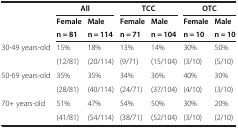
<table><thead><tr><td><b> </b></td><td colspan="2"><b>All</b></td><td colspan="2"><b>TCC</b></td><td colspan="2"><b>OTC</b></td></tr><tr><td rowspan="2"><b> </b></td><td><b>Female</b></td><td><b>Male</b></td><td><b>Female</b></td><td><b>Male</b></td><td><b>Female</b></td><td><b>Male</b></td></tr><tr><td><b>n = 81</b></td><td><b>n = 114</b></td><td><b>n = 71</b></td><td><b>n = 104</b></td><td><b>n = 10</b></td><td><b>n = 10</b></td></tr></thead><tbody><tr><td rowspan="2">30-49 years-old</td><td>15%</td><td>18%</td><td>13%</td><td>14%</td><td>30%</td><td>50%</td></tr><tr><td>(12/81)</td><td>(20/114)</td><td>(9/71)</td><td>(15/104)</td><td>(3/10)</td><td>(5/10)</td></tr><tr><td rowspan="2">50-69 years-old</td><td>35%</td><td>35%</td><td>34%</td><td>36%</td><td>40%</td><td>30%</td></tr><tr><td>(28/81)</td><td>(40/114)</td><td>(24/71)</td><td>(37/104)</td><td>(4/10)</td><td>(3/10)</td></tr><tr><td rowspan="2">70+ years-old</td><td>51%</td><td>47%</td><td>54%</td><td>50%</td><td>30%</td><td>20%</td></tr><tr><td>(41/81)</td><td>(54/114)</td><td>(38/71)</td><td>(52/104)</td><td>(3/10)</td><td>(2/10)</td></tr></tbody></table>